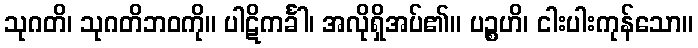
သုဂတိ၊ သုဂတိဘဝကို။ ပါဋိကင်္ခါ၊ အလိုရှိအပ်၏။ ပဉ္စဟိ၊ ငါးပါးကုန်သော။